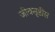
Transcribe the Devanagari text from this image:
जीवसृष्टीस